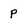
Character: P